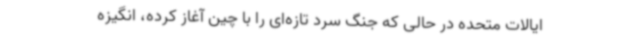
ایالات متحده در حالی که جنگ سرد تازه‌ای را با چین آغاز کرده، انگیزه